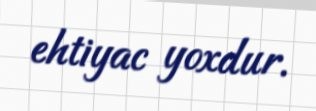
ehtiyac yoxdur.